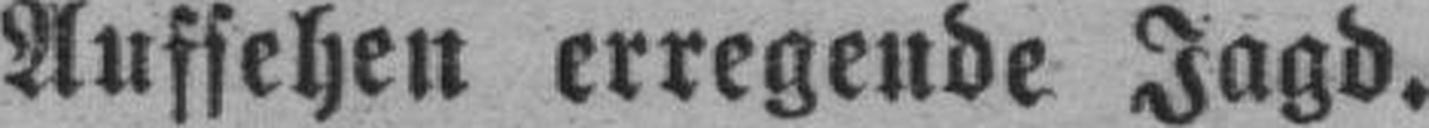
Aufsehen erregende Jagd.